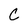
Character: c